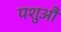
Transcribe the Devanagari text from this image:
पशुऔं